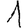
Digit: 1